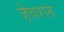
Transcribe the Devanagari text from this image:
जे़वरात